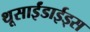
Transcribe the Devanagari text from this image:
थूसाईंडाईड्स